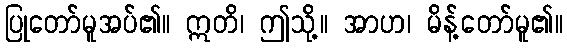
ပြုတော်မူအပ်၏။ ဣတိ၊ ဤသို့။ အာဟ၊ မိန့်တော်မူ၏။